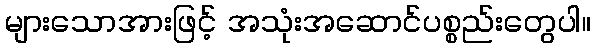
များသောအားဖြင့် အသုံးအဆောင်ပစ္စည်းတွေပါ။